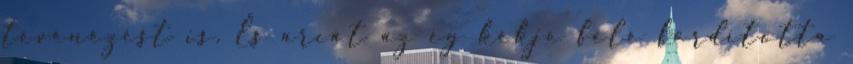
tévénézést is. És arcát az ég kékje felé fordította